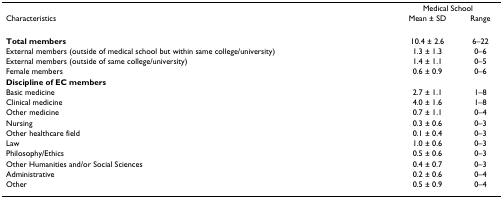
<table><thead><tr><td></td><td colspan="2"><b>Medical School</b></td></tr><tr><td><b>Characteristics</b></td><td><b>Mean ± SD</b></td><td><b>Range</b></td></tr></thead><tbody><tr><td><b>Total members</b></td><td>10.4 ± 2.6</td><td>6–22</td></tr><tr><td>External members (outside of medical school but within same college/university)</td><td>1.3 ± 1.3</td><td>0–6</td></tr><tr><td>External members (outside of same college/university)</td><td>1.4 ± 1.1</td><td>0–5</td></tr><tr><td>Female members</td><td>0.6 ± 0.9</td><td>0–6</td></tr><tr><td><b>Discipline of EC members</b></td><td></td><td></td></tr><tr><td>Basic medicine</td><td>2.7 ± 1.1</td><td>1–8</td></tr><tr><td>Clinical medicine</td><td>4.0 ± 1.6</td><td>1–8</td></tr><tr><td>Other medicine</td><td>0.7 ± 1.1</td><td>0–4</td></tr><tr><td>Nursing</td><td>0.3 ± 0.6</td><td>0–3</td></tr><tr><td>Other healthcare field</td><td>0.1 ± 0.4</td><td>0–3</td></tr><tr><td>Law</td><td>1.0 ± 0.6</td><td>0–3</td></tr><tr><td>Philosophy/Ethics</td><td>0.5 ± 0.6</td><td>0–3</td></tr><tr><td>Other Humanities and/or Social Sciences</td><td>0.4 ± 0.7</td><td>0–3</td></tr><tr><td>Administrative</td><td>0.2 ± 0.6</td><td>0–4</td></tr><tr><td>Other</td><td>0.5 ± 0.9</td><td>0–4</td></tr></tbody></table>